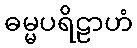
ဓမ္မပရိဠာဟံ